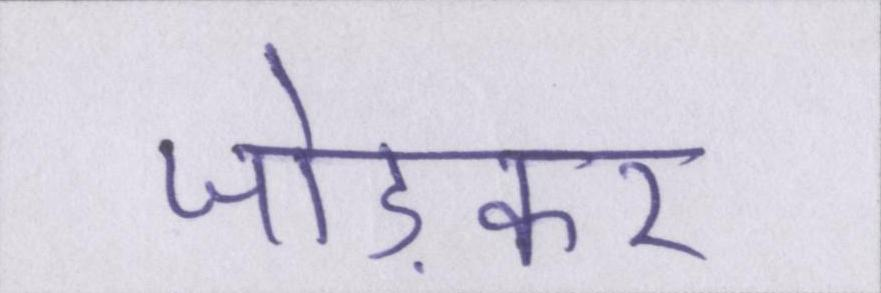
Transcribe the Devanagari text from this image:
जोड़कर